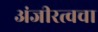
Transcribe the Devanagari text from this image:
अंजीरत्वचा